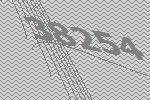
38254